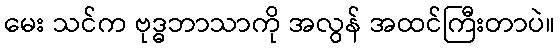
မေး သင်က ဗုဒ္ဓဘာသာကို အလွန် အထင်ကြီးတာပဲ။